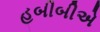
હબીબીએ